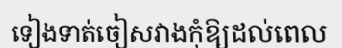
ទៀងទាត់ចៀសវាងកុំឱ្យដល់ពេល